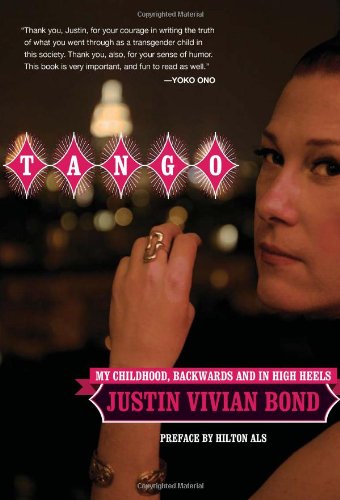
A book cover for Tango: My Childhood, Backwards and in High Heels; Justin Vivian Bond; Gay & Lesbian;